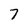
Character: 7